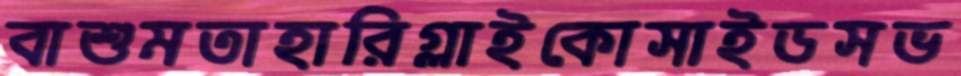
বাশুমতাহারিগ্লাইকোসাইডসভ